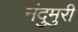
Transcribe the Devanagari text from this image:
नंदुमुरी